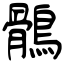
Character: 鶻